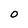
Character: O